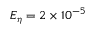
E _ { \eta } = 2 \times 1 0 ^ { - 5 }